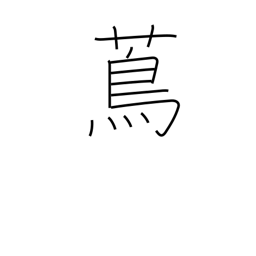
Meaning: vine